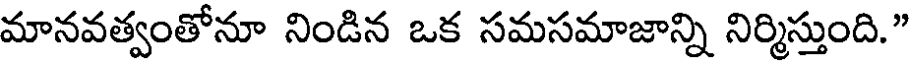
మానవత్వంతోనూ నిండిన ఒక సమసమాజాన్ని నిర్మిస్తుంది."